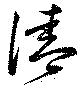
淸